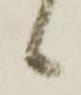
候